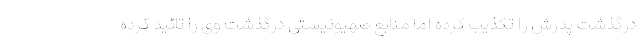
درگذشت پدرش را تکذیب کرده اما منابع صهیونیستی درگذشت وی را تائید کرده